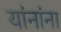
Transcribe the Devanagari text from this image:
यांनांना